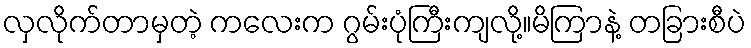
လှလိုက်တာမှတဲ့ ကလေးက ဂွမ်းပုံကြီးကျလို့။မိကြာနဲ့ တခြားစီပဲ